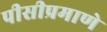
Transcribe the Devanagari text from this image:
पीसीप्रमाणे